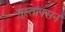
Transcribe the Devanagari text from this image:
गूस्ताफ्सन